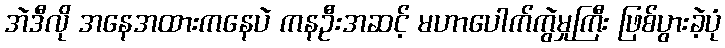
အဲဒီလို အနေအထားကနေပဲ ကနဦးအဆင့် မဟာပေါက်ကွဲမှုကြီး ဖြစ်ပွားခဲ့ပုံ